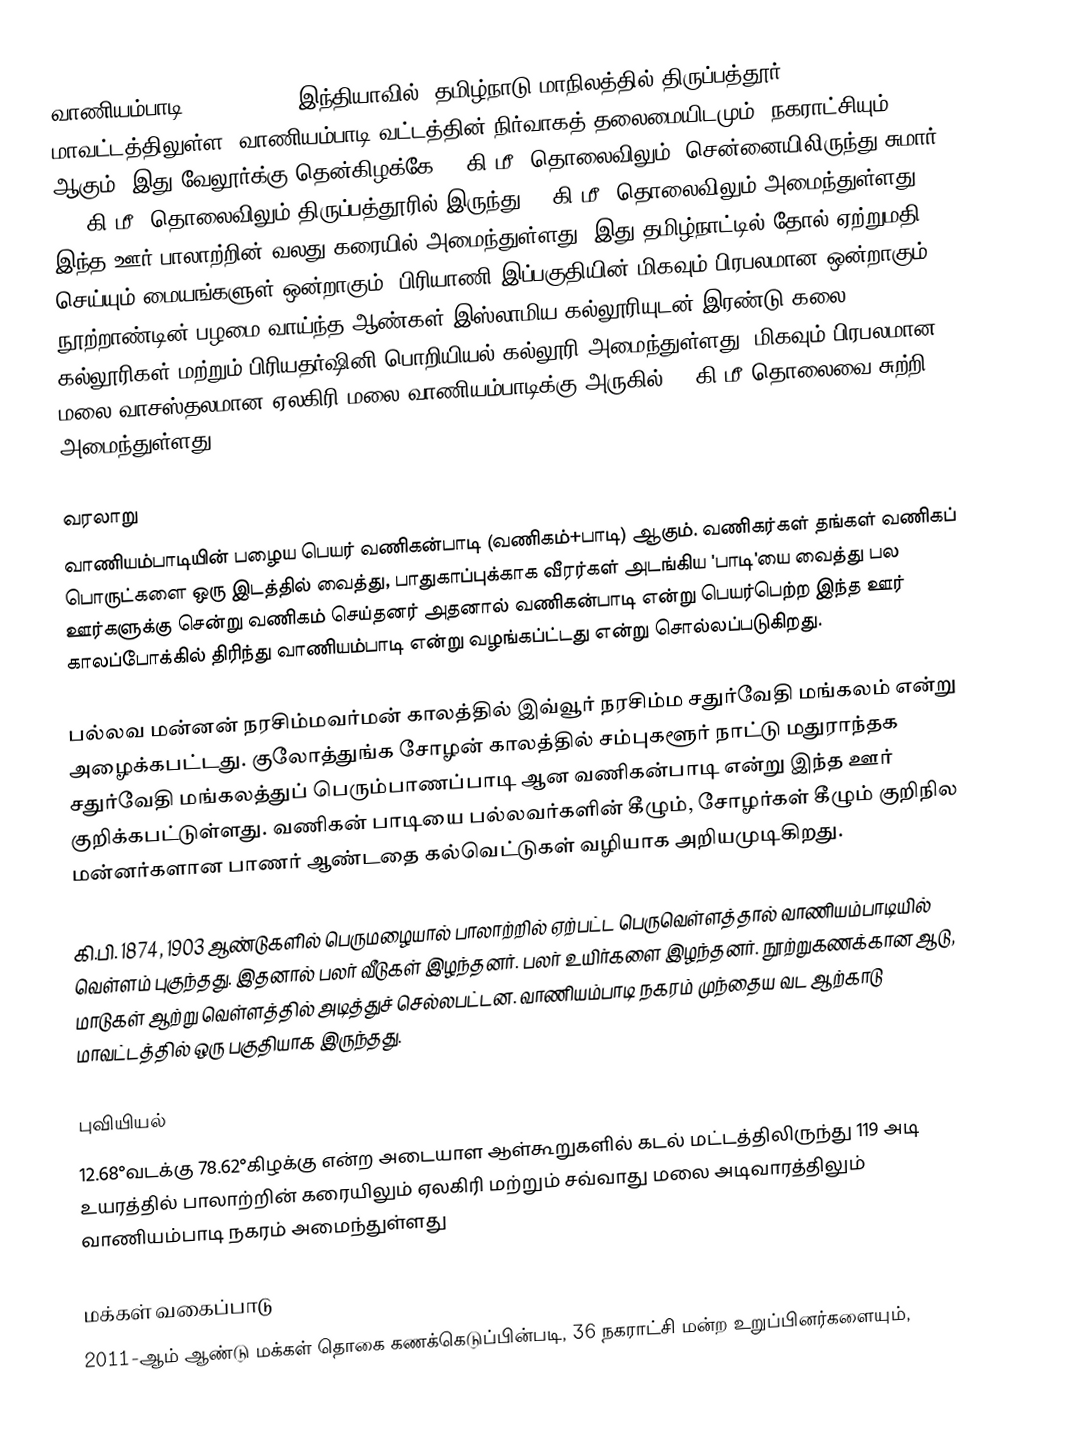
வாணியம்பாடி (Vaniambadi) இந்தியாவில், தமிழ்நாடு மாநிலத்தில் திருப்பத்தூர்  மாவட்டத்திலுள்ள, வாணியம்பாடி வட்டத்தின் நிர்வாகத் தலைமையிடமும், நகராட்சியும் ஆகும். இது வேலூர்க்கு தென்கிழக்கே 69 கி.மீ. தொலைவிலும், சென்னையிலிருந்து சுமார் 200 கி.மீ. தொலைவிலும் திருப்பத்தூரில் இருந்து 22 கி.மீ. தொலைவிலும் அமைந்துள்ளது. இந்த ஊர் பாலாற்றின் வலது கரையில் அமைந்துள்ளது. இது தமிழ்நாட்டில் தோல் ஏற்றுமதி செய்யும் மையங்களுள் ஒன்றாகும். பிரியாணி இப்பகுதியின் மிகவும் பிரபலமான ஒன்றாகும். நூற்றாண்டின் பழமை வாய்ந்த ஆண்கள் இஸ்லாமிய கல்லூரியுடன் இரண்டு கலை கல்லூரிகள் மற்றும்  பிரியதர்ஷினி பொறியியல் கல்லூரி அமைந்துள்ளது. மிகவும் பிரபலமான மலை வாசஸ்தலமான ஏலகிரி மலை வாணியம்பாடிக்கு  அருகில் 20 கி.மீ தொலைவை சுற்றி அமைந்துள்ளது.

வரலாறு
வாணியம்பாடியின் பழைய பெயர் வணிகன்பாடி (வணிகம்+பாடி) ஆகும். வணிகர்கள் தங்கள் வணிகப் பொருட்களை ஒரு இடத்தில் வைத்து, பாதுகாப்புக்காக வீரர்கள் அடங்கிய 'பாடி'யை வைத்து பல ஊர்களுக்கு சென்று வணிகம் செய்தனர் அதனால் வணிகன்பாடி என்று பெயர்பெற்ற இந்த ஊர் காலப்போக்கில் திரிந்து வாணியம்பாடி என்று வழங்கப்ட்டது என்று சொல்லப்படுகிறது.

பல்லவ மன்னன் நரசிம்மவர்மன் காலத்தில் இவ்வூர் நரசிம்ம சதுர்வேதி மங்கலம் என்று அழைக்கபட்டது. குலோத்துங்க சோழன் காலத்தில் சம்புகளூர் நாட்டு மதுராந்தக சதுர்வேதி மங்கலத்துப் பெரும்பாணப்பாடி ஆன வணிகன்பாடி என்று இந்த ஊர் குறிக்கபட்டுள்ளது. வணிகன் பாடியை பல்லவர்களின் கீழும், சோழர்கள் கீழும் குறிநில மன்னர்களான பாணர் ஆண்டதை கல்வெட்டுகள் வழியாக அறியமுடிகிறது.

கி.பி. 1874, 1903 ஆண்டுகளில் பெருமழையால் பாலாற்றில் ஏற்பட்ட பெருவெள்ளத்தால் வாணியம்பாடியில் வெள்ளம் புகுந்தது. இதனால் பலர் வீடுகள் இழந்தனர். பலர் உயிர்களை இழந்தனர். நூற்றுகணக்கான ஆடு, மாடுகள் ஆற்று வெள்ளத்தில் அடித்துச் செல்லபட்டன. வாணியம்பாடி நகரம் முந்தைய வட ஆற்காடு மாவட்டத்தில் ஒரு பகுதியாக இருந்தது.

புவியியல்
12.68°வடக்கு 78.62°கிழக்கு  என்ற அடையாள ஆள்கூறுகளில் கடல் மட்டத்திலிருந்து 119 அடி உயரத்தில் பாலாற்றின் கரையிலும் ஏலகிரி மற்றும் சவ்வாது மலை அடிவாரத்திலும் வாணியம்பாடி நகரம் அமைந்துள்ளது

மக்கள் வகைப்பாடு
2011-ஆம் ஆண்டு மக்கள் தொகை கணக்கெடுப்பின்படி, 36 நகராட்சி மன்ற உறுப்பினர்களையும்,